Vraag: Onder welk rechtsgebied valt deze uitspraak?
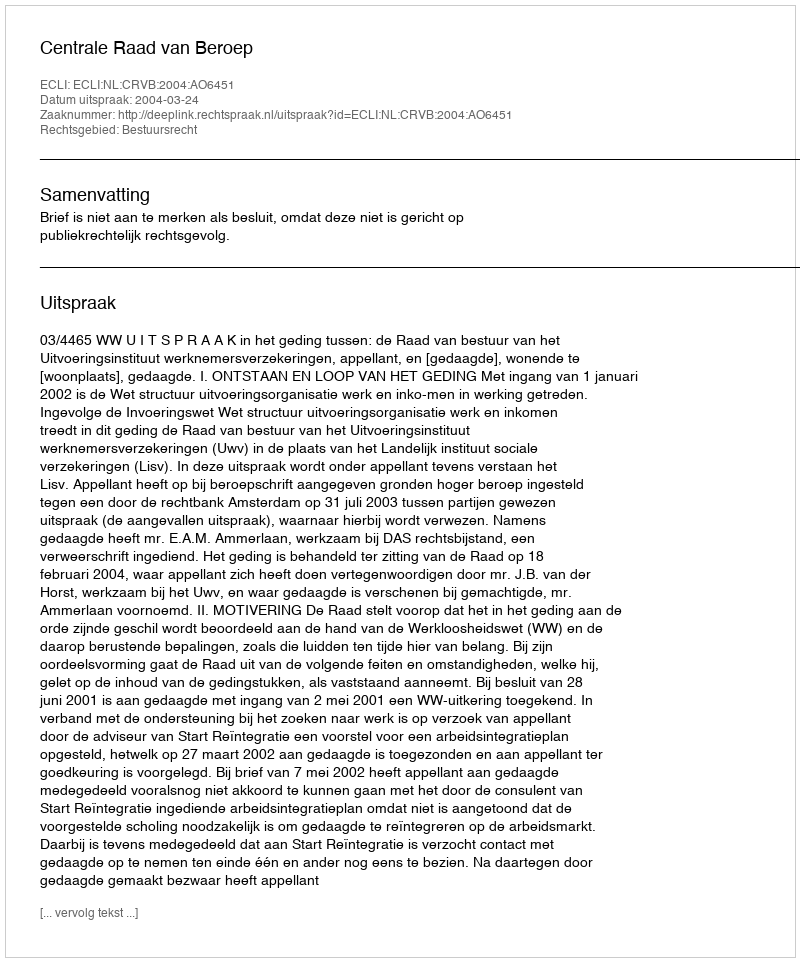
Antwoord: Bestuursrecht